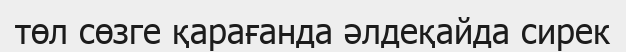
төл сөзге қарағанда әлдеқайда сирек